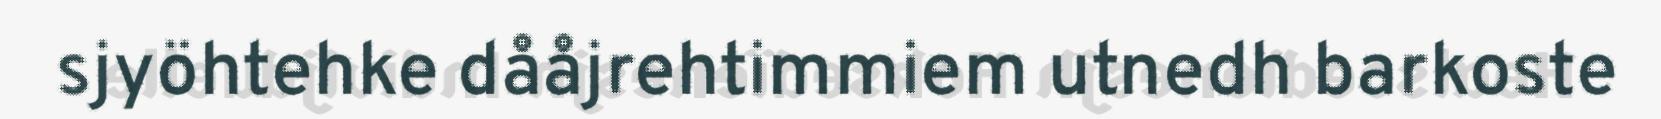
sjyöhtehke dååjrehtimmiem utnedh barkoste